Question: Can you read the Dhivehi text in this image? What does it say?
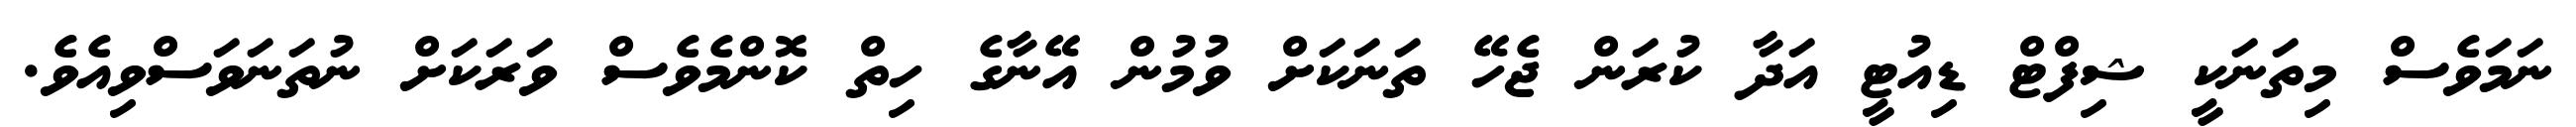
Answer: ނަމަވެސް މިތަނަކީ ޝިފްޓް ޑިއުޓީ އަދާ ކުރަން ޖެހޭ ތަނަކަށް ވުމުން އޭނާގެ ހިތް ކޮންމެވެސް ވަރަކަށް ނުތަނަވަސްވިއެވެ.